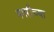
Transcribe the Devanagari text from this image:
मगरीच्या